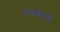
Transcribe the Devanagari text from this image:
१२६२१